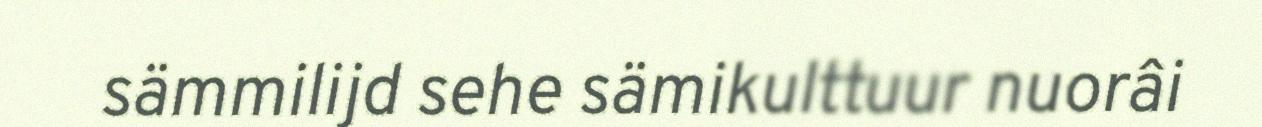
sämmilijd sehe sämikulttuur nuorâi